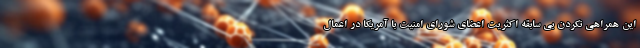
این همراهی نکردن بی سابقه اکثریت اعضای شورای امنیت با آمریکا در اعمال